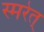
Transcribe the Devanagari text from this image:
स्मरेत्